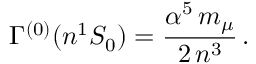
\Gamma ^ { ( 0 ) } ( n { ^ 1 } S _ { 0 } ) = \frac { \alpha ^ { 5 } \, m _ { \mu } } { 2 \, n ^ { 3 } } \, .